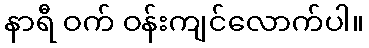
နာရီ ဝက် ဝန်းကျင်လောက်ပါ။